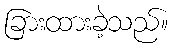
ခြားထားခဲ့သည်။